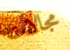
مجالات